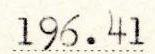
196.41